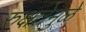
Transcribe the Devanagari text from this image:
रुक्षतेमुळे